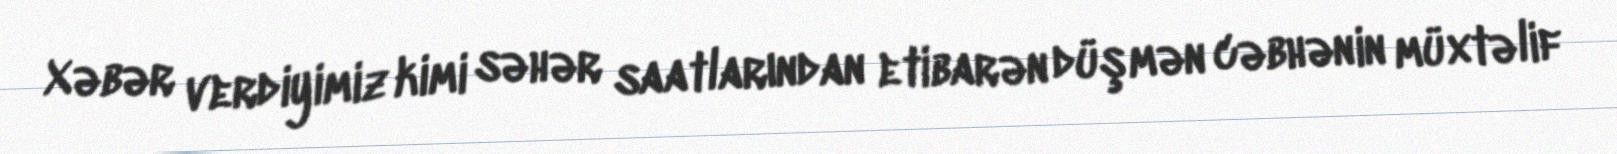
Xəbər verdiyimiz kimi səhər saatlarından etibarən düşmən cəbhənin müxtəlif